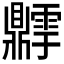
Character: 𬹫